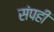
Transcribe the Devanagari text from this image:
संपही